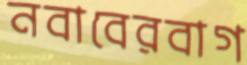
নবাবেরবাগ